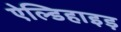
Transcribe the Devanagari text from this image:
ऐल्डिहाइड़